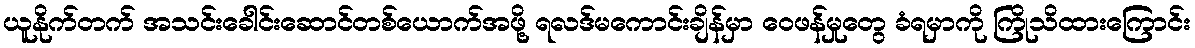
ယူနိုက်တက် အသင်းခေါင်းဆောင်တစ်ယောက်အဖို့ ရလဒ်မကောင်းချိန်မှာ ဝေဖန်မှုတွေ ခံရမှာကို ကြိုသိထားကြောင်း